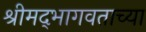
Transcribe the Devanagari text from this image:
श्रीमद्‍भागवताच्या